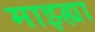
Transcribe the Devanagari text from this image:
माझ्ह्या